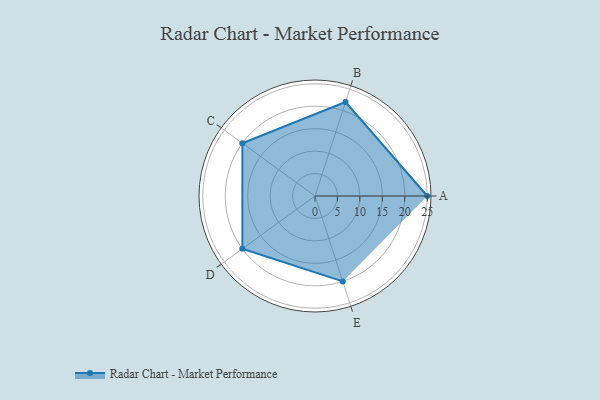
{"axis": {"x": "Skill", "y": "Score"}, "legend": ["Profile"], "data": [{"x": "A", "y": 25.0, "type": "Profile"}, {"x": "B", "y": 22.0, "type": "Profile"}, {"x": "C", "y": 20, "type": "Profile"}, {"x": "D", "y": 20, "type": "Profile"}, {"x": "E", "y": 20, "type": "Profile"}]}